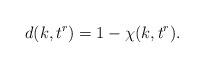
LaTeX: \begin{align*} d(k,t^r) = 1-\chi(k,t^r).\end{align*}